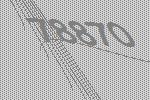
78870